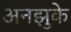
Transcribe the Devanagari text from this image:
अनझुके